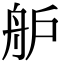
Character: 舮